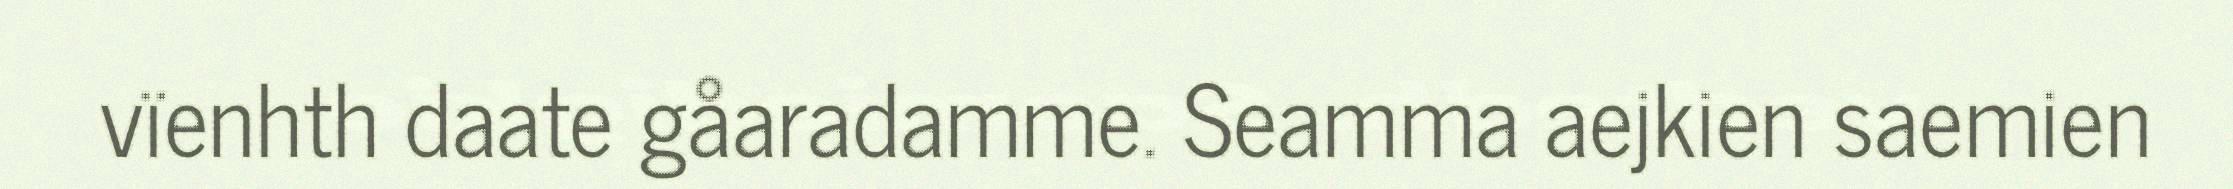
vïenhth daate gåaradamme. Seamma aejkien saemien